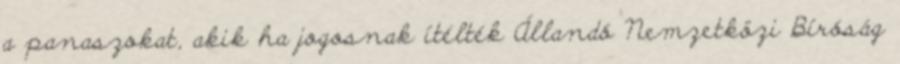
a panaszokat, akik ha jogosnak ítélték Állandó Nemzetközi Bíróság